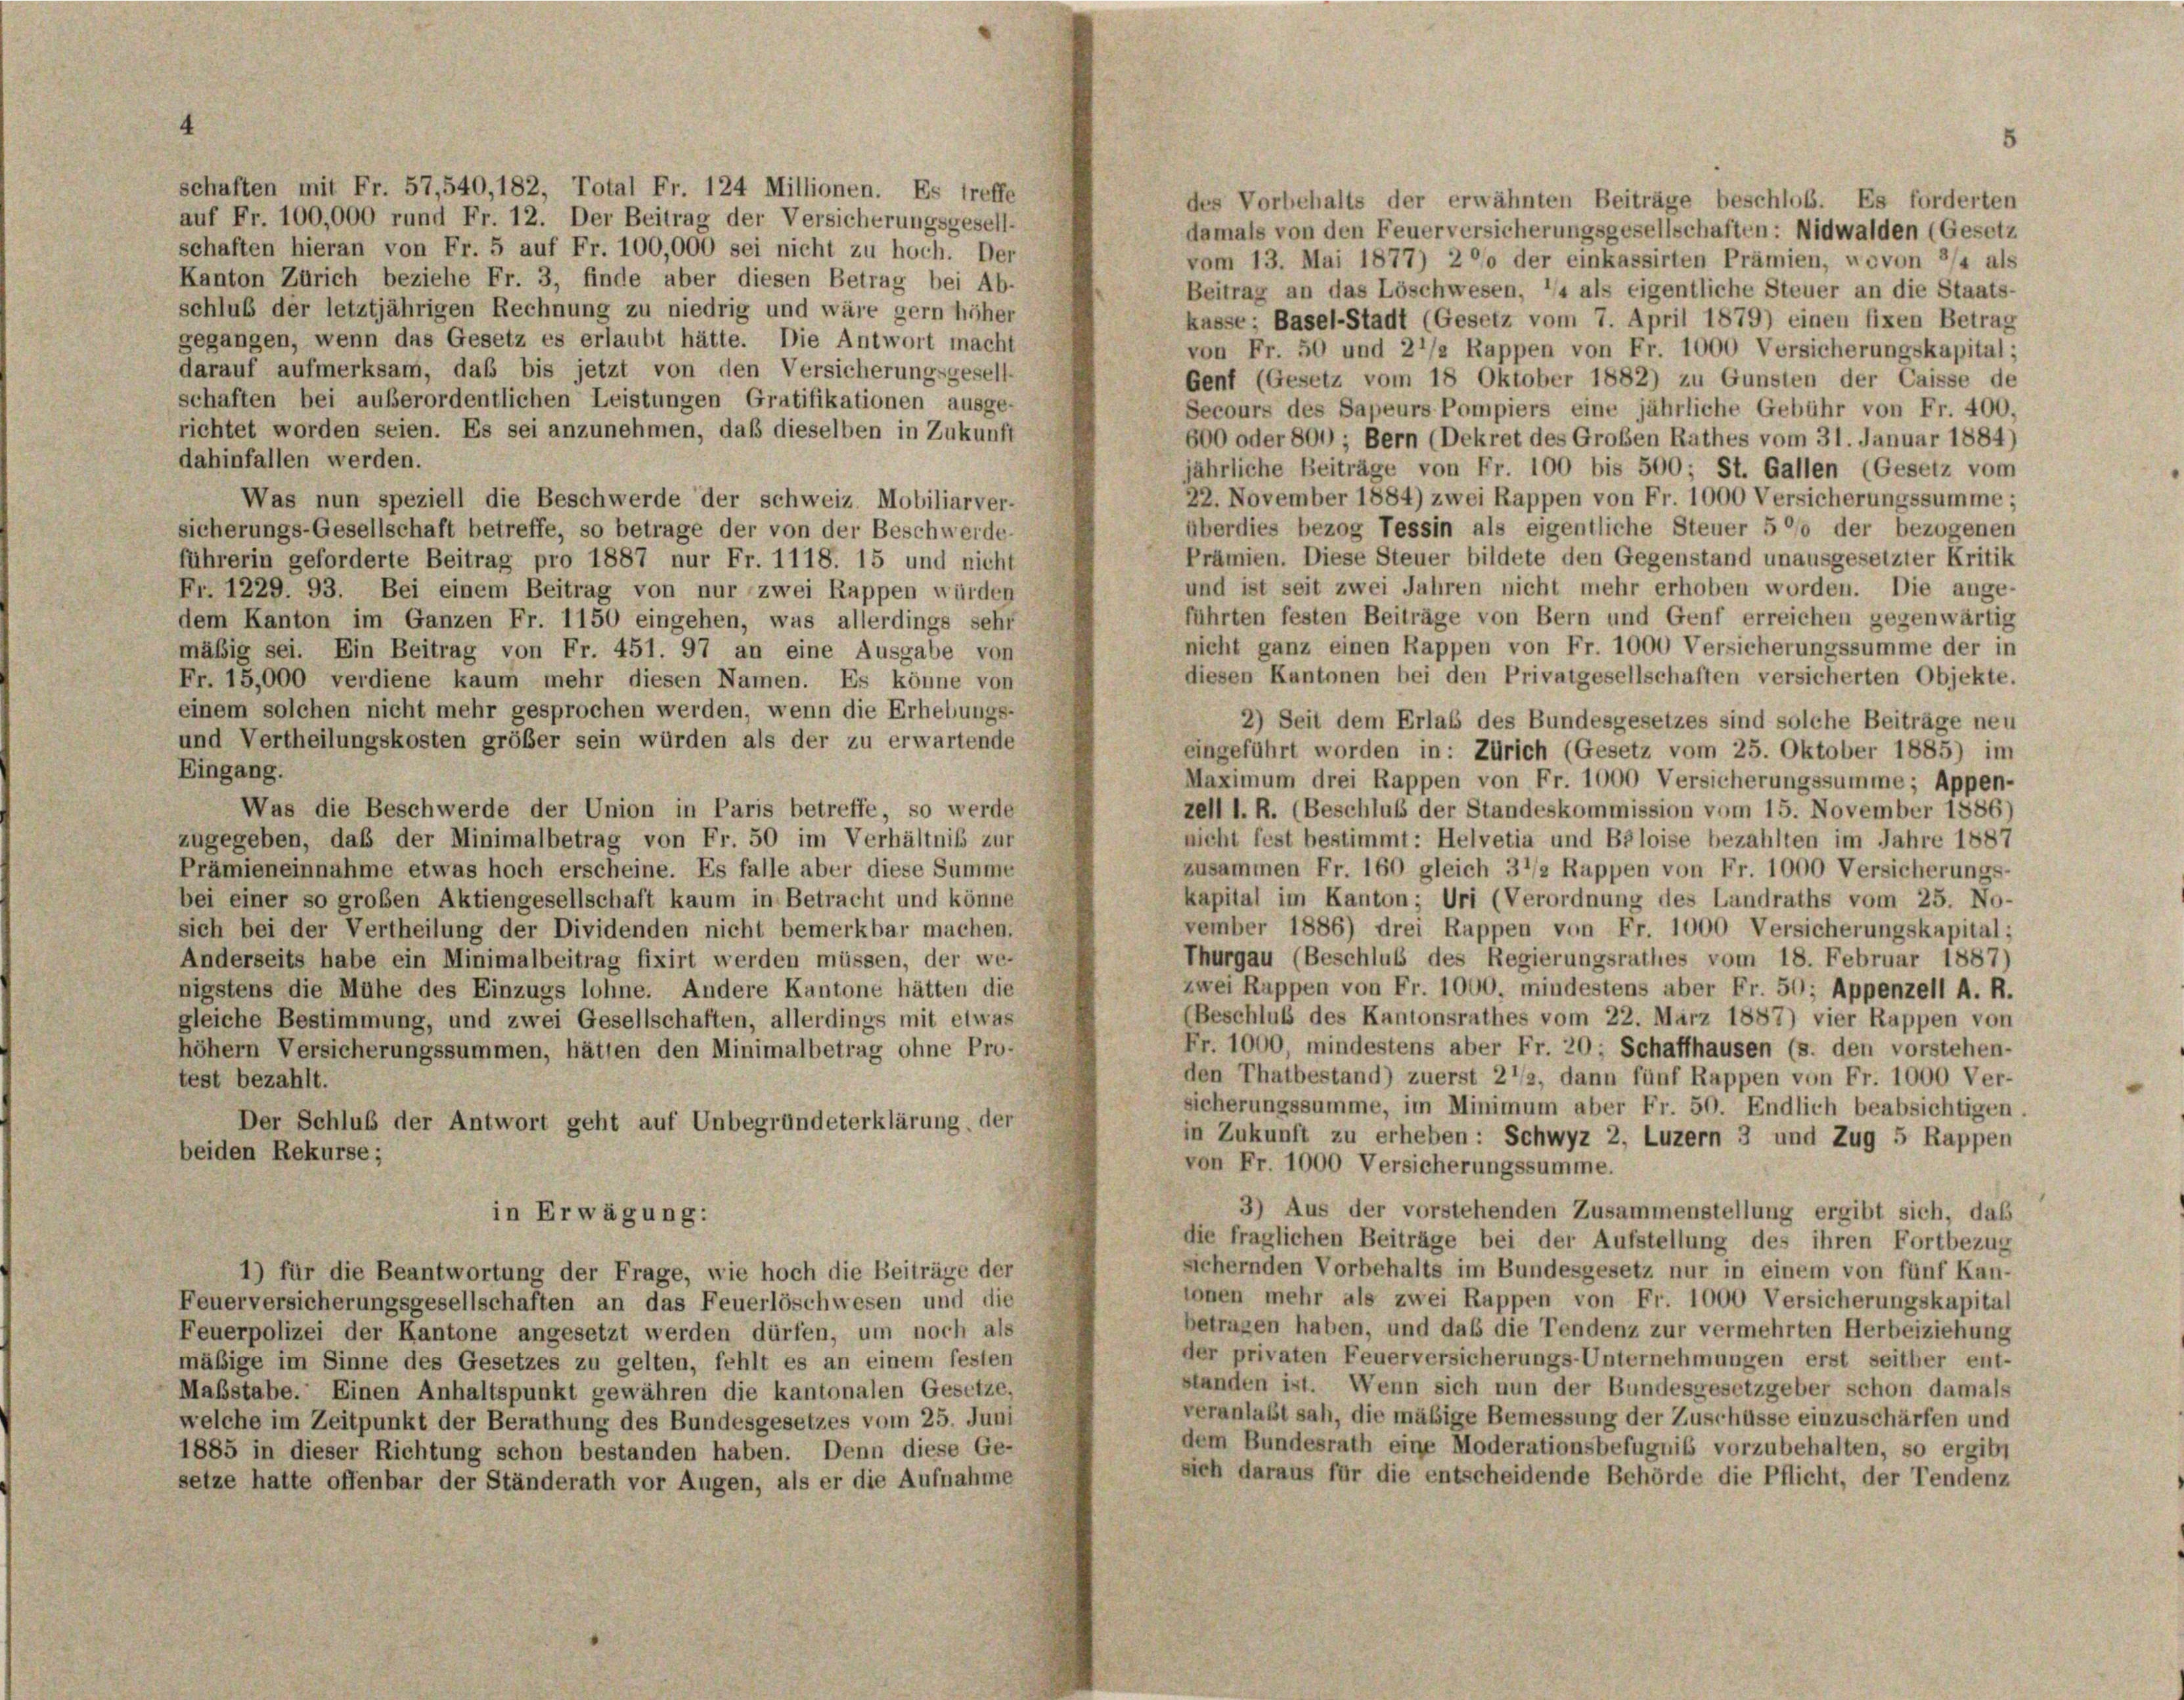
schaften mit Fr. 57,540, 182, Total Fr. 124 Millionen. Es treffe
des Vorbehalts der erwähnten Beiträge beschloß. Es forderten
auf Fr. 100,000 rund Fr. 12. Der Beitrag der Versicherungsgesell-
damals von den Feuerversicherungsgesellschaften: Nidwalden (Gesetz
schaften hieran von Fr. 5 auf Fr. 100,000 sei nicht zu hoch. Der
vom 13. Mai 1877) 2 °/o der einkassirten Prämien, wovon 3/4 als
Kanton Zürich beziehe Fr. 3, finde aber diesen Betrag bei Ab-
Beitrag an das Löschwesen, ’/« als eigentliche Steuer an die Staats-
schluß der letztjährigen Rechnung zu niedrig und wäre gern höher
kasse; Basel-Stadt (Gesetz vom 7. April 1879) einen fixen Betrag
gegangen, wenn das Gesetz es erlaubt hätte. Die Antwort macht
von Fr. 50 und 21/2 Rappen von Fr. 1000 Versicherungskapital;
darauf aufmerksam, daß bis jetzt von den Versicherungsgesell-
Genf (Gesetz vom 18 Oktober 1882) zu Gunsten der Caisse de
schaften bei außerordentlichen Leistungen Gratifikationen ausge-
Secours des Sapeurs Pompiers eine jährliche Gebühr von Fr. 400.
richtet worden seien. Es sei anzunehmen, daß dieselben in Zukunft
600 oder 800) ; Bern (Dekret des Großen Rathes vom 31. Januar 1884)
dahinfallen werden.
jährliche Beiträge von Fr. 100 bis 500; St. Gallen (Gesetz vom
22. November 1884) zwei Rappen von Fr. 1000 Versicherungssumme;
Was nun speziell die Beschwerde der schweiz. Mobiliarver-
überdies bezog Tessin als eigentliche Steuer 5 °/o der bezogenen
sicherungs-Gesellschaft betreffe, so betrage der von der Beschwerde-
Prämien. Diese Steuer bildete den Gegenstand unausgesetzter Kritik
führerin geforderte Beitrag pro 1887 nur Fr. 1118. 15 und nicht
und ist seit zwei Jahren nicht mehr erhoben worden. Die ange-
Fr. 1229. 93. Bei einem Beitrag von nur zwei Rappen würden
führten festen Beiträge von Bern und Genf erreichen gegenwärtig
dem Kanton im Ganzen Fr. 1150 eingehen, was allerdings sehr
nicht ganz einen Rappen von Fr. 1000 Versicherungssumme der in
mäßig sei. Ein Beitrag von Fr. 451. 97 an eine Ausgabe von
diesen Kantonen bei den Privatgesellschaften versicherten Objekte.
Fr. 15,000 verdiene kaum mehr diesen Namen. Es könne von
einem solchen nicht mehr gesprochen werden, wenn die Erhebungs-
2) Seit dem Erlaß des Bundesgesetzes sind solche Beiträge neu
und Vertheilungskosten größer sein würden als der zu erwartende
eingeführt worden in: Zürich (Gesetz vom 25. Oktober 1885) im
Eingang.
Maximum drei Rappen von Fr. 1000 Versicherungssumme; Appen-
zell I. R. (Beschluß der Standeskommission vom 15. November 1886)
Was die Beschwerde der Union in Paris betreffe, so werde
zugegeben, daß der Minimalbetrag von Fr. 50 im Verhältnis zur
nicht fest bestimmt: Helvetia und Beloise bezahlten im Jahre 1887
zusammen Fr. 160 gleich 3 1/2 Rappen von Fr. 1000 Versicherungs-
Prämieneinnahme etwas hoch erscheine. Es falle aber diese Summe
kapital im Kanton; Uri (Verordnung des Landraths vom 25. No-
bei einer so großen Aktiengesellschaft kaum in Betracht und könne
vember 1886) drei Rappen von Fr. 1000 Versicherungskapital;
sich bei der Vertheilung der Dividenden nicht bemerkbar machen.
Thurgau (Beschluß des Regierungsrathes vom 18. Februar 1887)
Anderseits habe ein Minimalbeitrag fixirt werden müssen, der we-
zwei Ruppen von Fr. 1000. mindestens aber Fr. 50; Appenzell A. R.
nigstens die Mühe des Einzugs lohne. Andere Kantone hätten die
(Beschluß des Kantonsrathes vom 22. März 1887) vier Rappen von
gleiche Bestimmung, und zwei Gesellschaften, allerdings mit etwas
Fr. 1000, mindestens aber Fr. 20; Schaffhausen (s. den vorstehen-
höher Versicherungssummen, hätten den Minimalbetrag ohne Pro-
den Thatbestand) zuerst 21/2, dann fünf Rappen von Fr. 1000 Ver-
test bezahlt.
sicherungssumme, im Minimum aber Fr. 50. Endlich beabsichtigen.
Der Schluß der Antwort geht auf Unbegründeterklärung der
in Zukunft zu erheben: Schwyz 2, Luzern 3 und Zug 5 Rappen
beiden Rekurse;
von Fr. 1000 Versicherungssumme.
3) Aus der vorstehenden Zusammenstellung ergibt sich, das
in Erwägung:
die fraglichen Beiträge bei der Aufstellung des ihren Fortbezug
sichernden Vorbehalts im Bundesgesetz nur in einem von fünf Kan-
1) für die Beantwortung der Frage, wie hoch die Beiträge der
lonen mehr als zwei Rappen von Fr. 1000 Versicherungskapital
Feuerversicherungsgesellschaften an das Feuerlöschwesen und die
betragen haben, und daß die Tendenz zur vermehrten Herbeiziehung
Feuerpolizei der Kantone angesetzt werden dürfen, um noch als
der privaten Feuerversicherungs-Unternehmungen erst seither ent-
mäßige im Sinne des Gesetzes zu gelten, fehlt es an einem festen
standen ist. Wenn sich nun der Bundesgesetzgeber schon damals
Maßstabe. Einen Anhaltspunkt gewähren die kantonalen Gesetze,
veranlaßt sah, die mäßige Bemessung der Zuschüsse einzuschärfen und
welche im Zeitpunkt der Berathung des Bundesgesetzes vom 25. Juni
dem Bundesrath eine Moderationsbefugnis vorzubehalten, so ergibt
1885 in dieser Richtung schon bestanden haben. Denn diese Ge-
sich daraus für die entscheidende Behörde die Pflicht, der Tendenz
setze hatte offenbar der Ständerath vor Augen, als er die Aufnahme